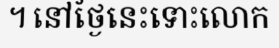
។ នៅថ្ងៃនេះទោះលោក